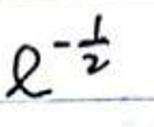
$e ^ { - \frac { 1 } { 2 } }$